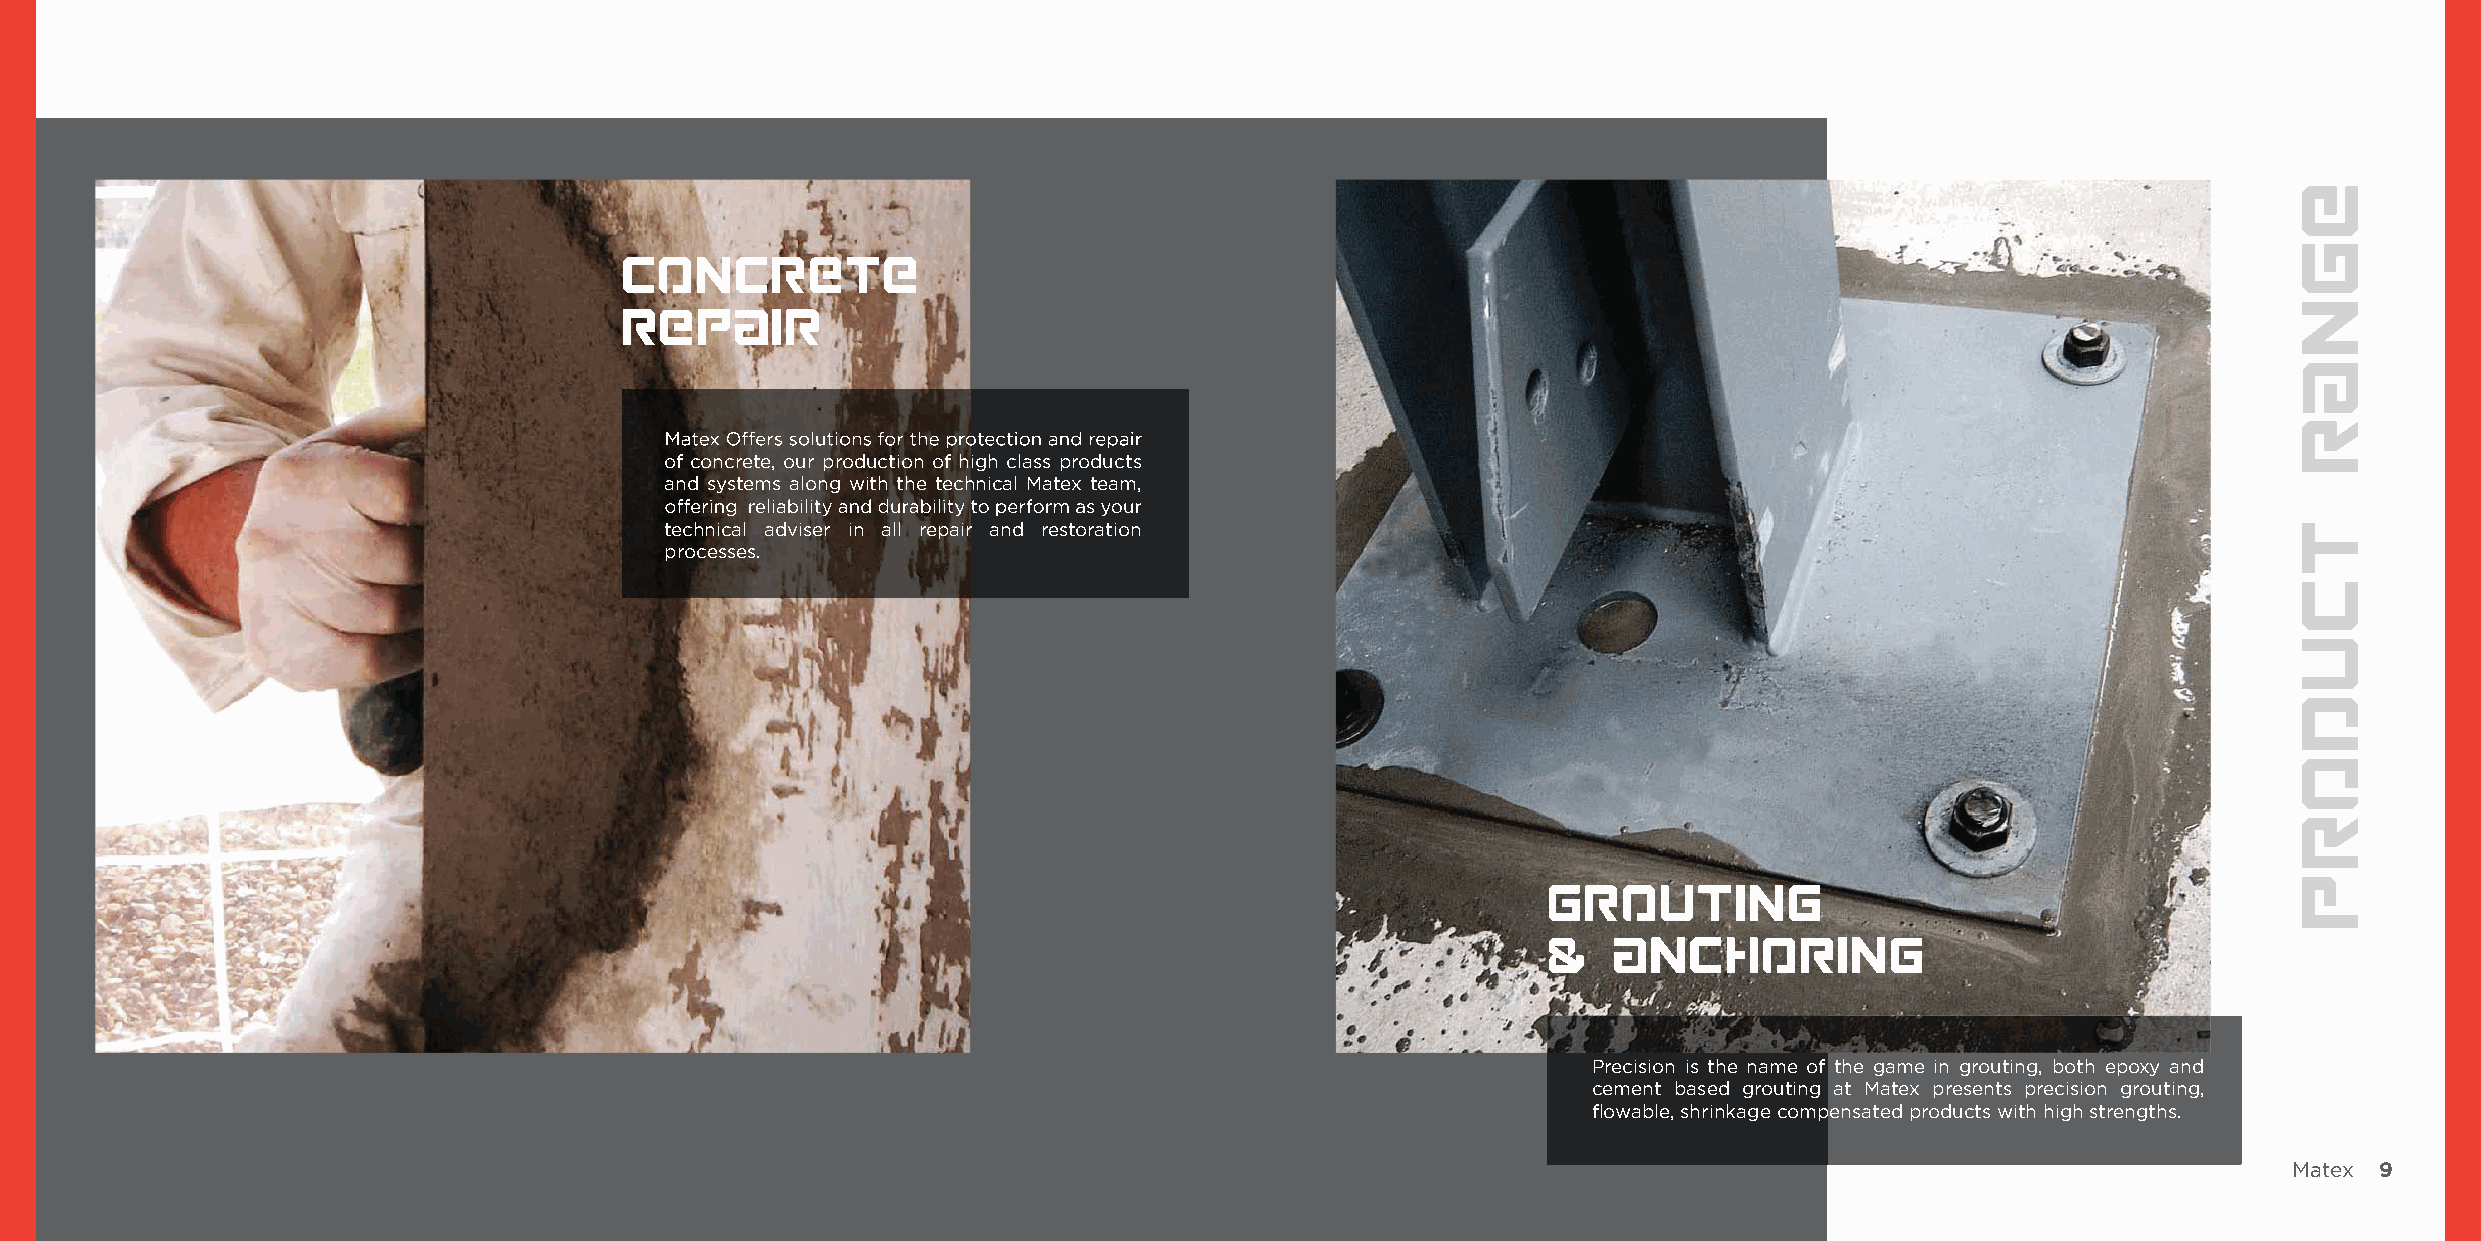
Concrete
 Repair
 of concrete, our production of high class products
 and systems along with the technical Matex team,
 technical adviser in all repair and restoration
 processes.
 grouting
 &    anchoring
 Precision is the name of the game in grouting, both epoxy and
 cement based grouting at Matex presents precision grouting,
 flowable, shrinkage compensated products with high strengths.
 Matex 9